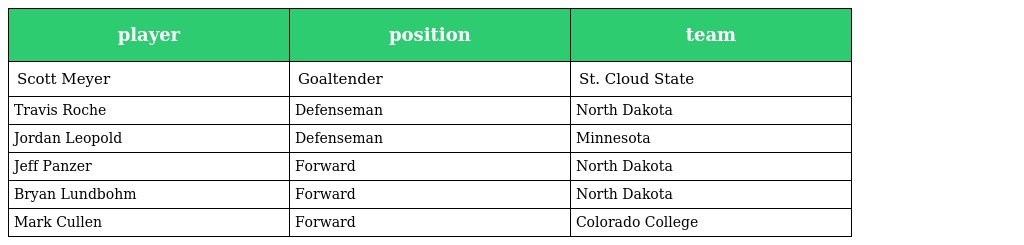
| player | position | team |
 | --- | --- | --- |
 | Scott Meyer | Goaltender | St. Cloud State |
 | Travis Roche | Defenseman | North Dakota |
 | Jordan Leopold | Defenseman | Minnesota |
 | Jeff Panzer | Forward | North Dakota |
 | Bryan Lundbohm | Forward | North Dakota |
 | Mark Cullen | Forward | Colorado College |